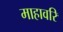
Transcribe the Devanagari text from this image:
माहावरि